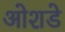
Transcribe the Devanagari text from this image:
ओशडे